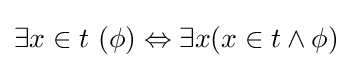
\exists x\in t\ (\phi )\Leftrightarrow \exists x(x\in t\land \phi )